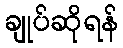
ချုပ်ဆိုရန်